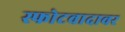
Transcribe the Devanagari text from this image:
स्फोटवादावर